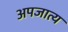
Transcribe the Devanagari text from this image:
अपजात्य